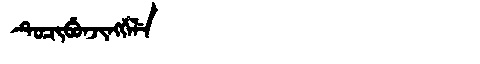
Manchu: ᡨᡠᠴᡳᠪᡠᠨᠵᡳᠩᡤᡝᠯᡝ
Romanization: TUCIBUNJINGGELE